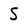
Character: S